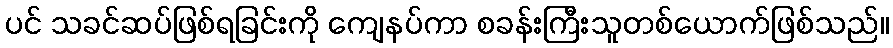
ပင် သခင်ဆပ်ဖြစ်ရခြင်းကို ကျေနပ်ကာ စခန်းကြီးသူတစ်ယောက်ဖြစ်သည်။